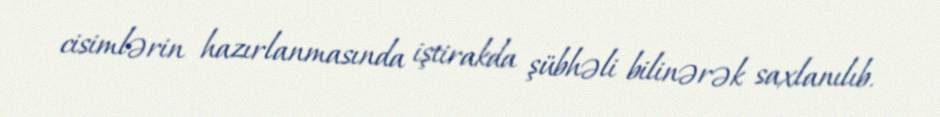
cisimlərin hazırlanmasında iştirakda şübhəli bilinərək saxlanılıb.